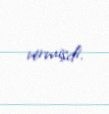
vermişdi.